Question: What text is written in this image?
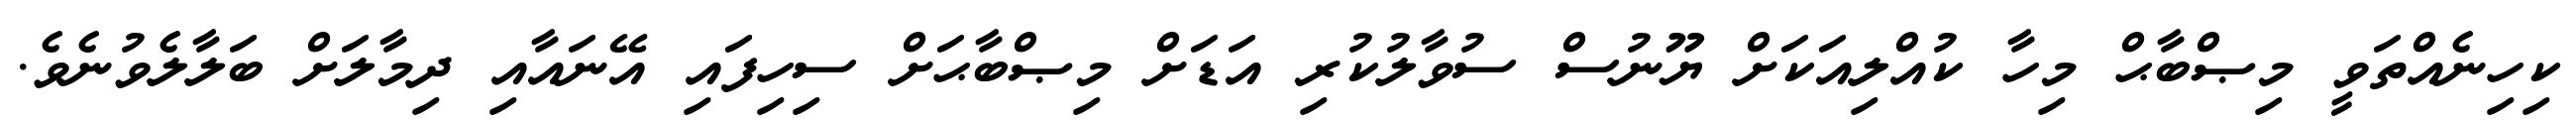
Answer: ކިހިނެއްތަވީ މިޞްބާޙް މިހާ ކުއްލިއަކަށް ޔޫނުސް ސުވާލުކުރި އަޑަށް މިޞްބާޙަށް ސިހިފައި އޭނައާއި ދިމާލަށް ބަލާލެވުނެވެ.